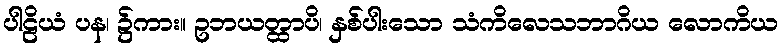
ပါဠိယံ ပန၊ ၌ကား။ ဥဘယတ္ထာပိ၊ နှစ်ပါးသော သံကိလေသဘာဂိယ လောကိယ